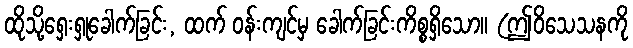
ထိုသို့ရှေးရှုခေါက်ခြင်း, ထက် ဝန်းကျင်မှ ခေါက်ခြင်းကိစ္စရှိသော။ (ဤဝိသေသနကို